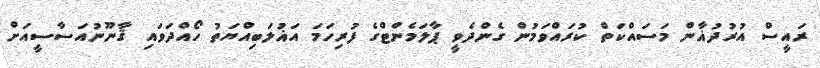
ރައީސް އުރުދުޣާން މަސައްކަތް ކުރައްވަމުން ގެންދެވީ ޕާލަމެންޓްގެ ފުރިހަމަ އަޣުލަބިއްޔަތު ހޯއްދަވައި ޤާނޫނުއަސާސީއަށް